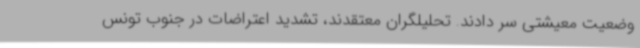
وضعیت معیشتی سر دادند. تحلیلگران معتقدند، تشدید اعتراضات در جنوب تونس